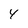
Character: 4